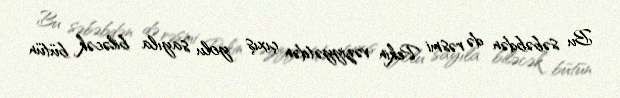
Bu səbəbdən də rəsmi Pekin vəziyyətdən çıxış yolu sayıla biləcək bütün